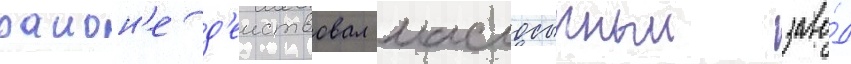
раион'е д'еиствовал маслосырныи заво́д